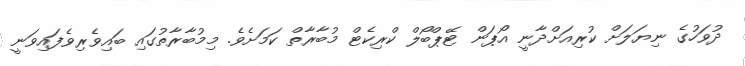
ދުވަހުގެ ނިޔަލަށް ކުރިއަށްދާނީ އޯޕަން ޓޭޕްބޯލް ކްރިކެޓް މުބާރާތް ކަަމަށެވެ. މިމުބާރާތުގައި ބައިވެރިވެފައިވަނީ